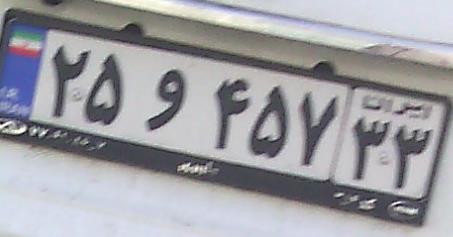
۲۵و۴۵۷۳۳